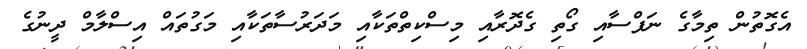
އެގޮތުން ތިމާގެ ނަފްސާއި ގޯތި ގެދޮރާއި މިސްކިތްތަކާއި މަދަރުސާތަކާއި މަގުތައް އިސްލާމް ދީނުގެ